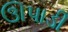
ઊપાડી